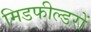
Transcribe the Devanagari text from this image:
मिडफील्डरों